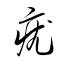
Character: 疣